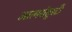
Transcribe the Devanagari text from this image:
आत्मसंतुस्टी